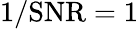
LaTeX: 1/\mathrm{SNR}=1